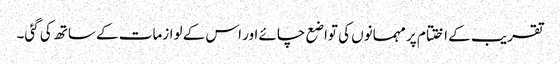
تقریب کے اختتام پر مہمانوں کی تواضع چائے اور اس کے لوازمات کے ساتھ کی گئی۔